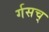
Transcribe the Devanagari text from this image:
र्गसच्